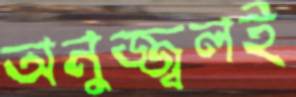
অনুজ্জ্বলই